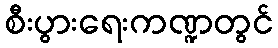
စီးပွားရေးကဏ္ဍတွင်